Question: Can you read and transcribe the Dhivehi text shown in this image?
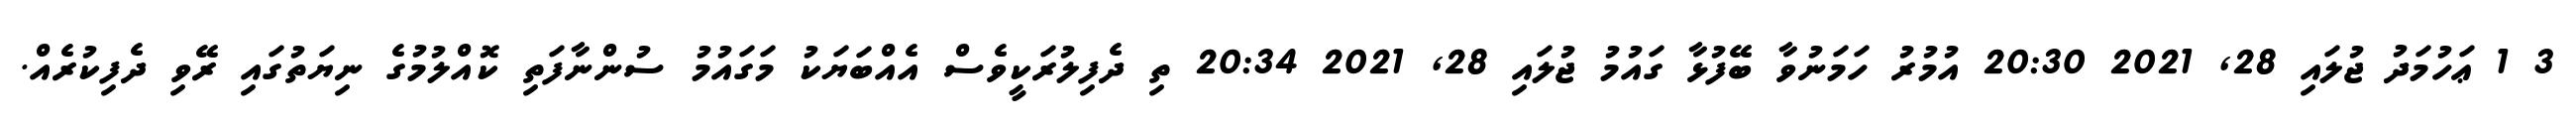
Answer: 3 1 ޢަހުމަދު ޖުލައި 28, 2021 20:30 އުމުރު ހަމަނުވާ ބޭފުޅާ ގައުމު ޖުލައި 28, 2021 20:34 ތި ދެފިލުރަކީވެސް އެއްބަޔަކު މަގައުމު ސުންނާފަތި ކޮއްލުމުގެ ނިޔަތުގައި ރޭވި ދެފިކުރެއް.